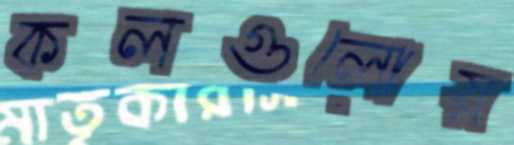
কলগুলোয়